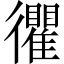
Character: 忂